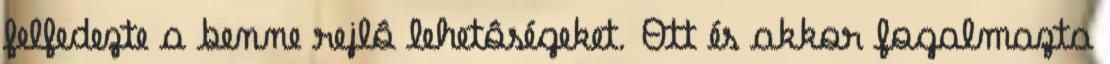
felfedezte a benne rejlô lehetôségeket. Ott és akkor fogalmazta